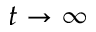
t \to \infty